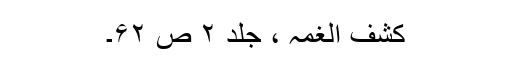
کشف الغمہ ، جلد ۲ ص ۶۲۔